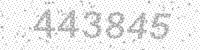
Solution: 443845